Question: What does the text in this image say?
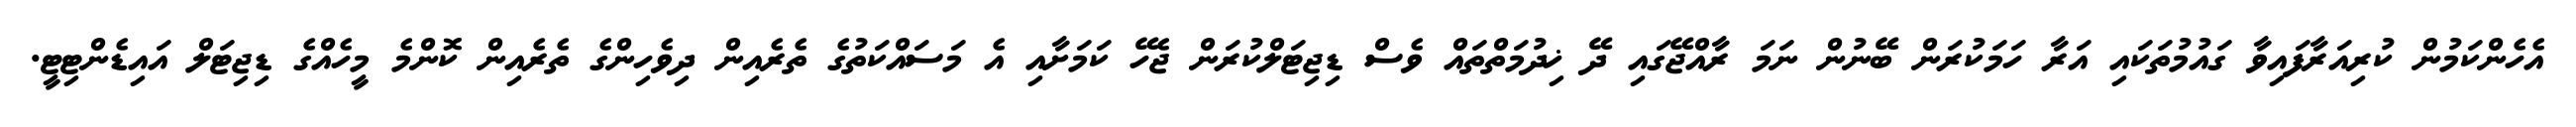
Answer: އެހެންކަމުން ކުރިއަރާފައިވާ ގައުމުތަކައި އަރާ ހަމަކުރަން ބޭނުން ނަމަ ރާއްޖޭގައި ދޭ ޚިދުމަތްތައް ވެސް ޑިޖިޓަލްކުރަން ޖެހޭ ކަމަށާއި އެ މަސައްކަތުގެ ތެރެއިން ދިވެހިންގެ ތެރެއިން ކޮންމެ މީހެއްގެ ޑިޖިޓަލް އައިޑެންޓިޓީ.